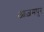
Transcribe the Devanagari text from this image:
आज़मपुर